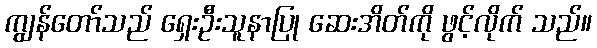
ကျွန်တော်သည် ရှေးဦးသူနာပြု ဆေးအိတ်ကို ဖွင့်လိုက် သည်။